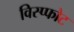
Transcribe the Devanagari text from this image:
विस्प्फोट